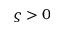
\varsigma > 0